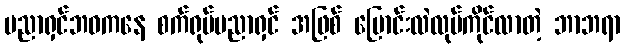
ပညာရှင်ဘဝကနေ စက်ရုပ်ပညာရှင် အဖြစ် ပြောင်းလဲလုပ်ကိုင်လာတဲ့ ဘာဘရာ